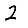
Digit: 2